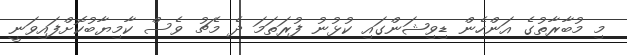
މި މުބާރާތުގެ އަންހެން ޑިވިޝަންގައި ކުޅުނު ފުރަތަމަ ދެ މެޗު ވެސް ކާމިޔާބުކޮށްފައިވަނީ